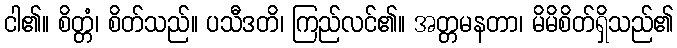
ငါ၏။ စိတ္တံ၊ စိတ်သည်။ ပသီဒတိ၊ ကြည်လင်၏။ အတ္တမနတာ၊ မိမိစိတ်ရှိသည်၏